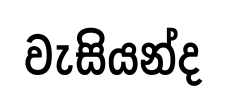
වැසියන්ද